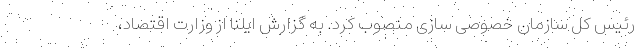
رئیس کل سازمان خصوصی سازی منصوب کرد. به گزارش ایلنا از وزارت اقتصاد،